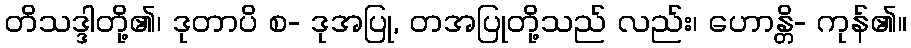
တိသဒ္ဒါတို့၏၊ ဒုတာပိ စ- ဒုအပြု, တအပြုတို့သည် လည်း၊ ဟောန္တိ- ကုန်၏။